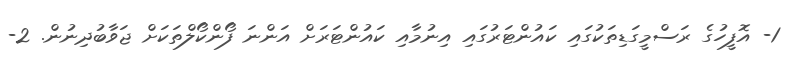
1- އޮފީހުގެ ރަސްމީގަޑިތަކުގައި ކައުންޓަރުގައި އިނުމާއި ކައުންޓަރަށް އަންނަ ފޯންކޯލްތަކަށް ޖަވާބުދިނުން. 2-